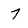
Character: 7